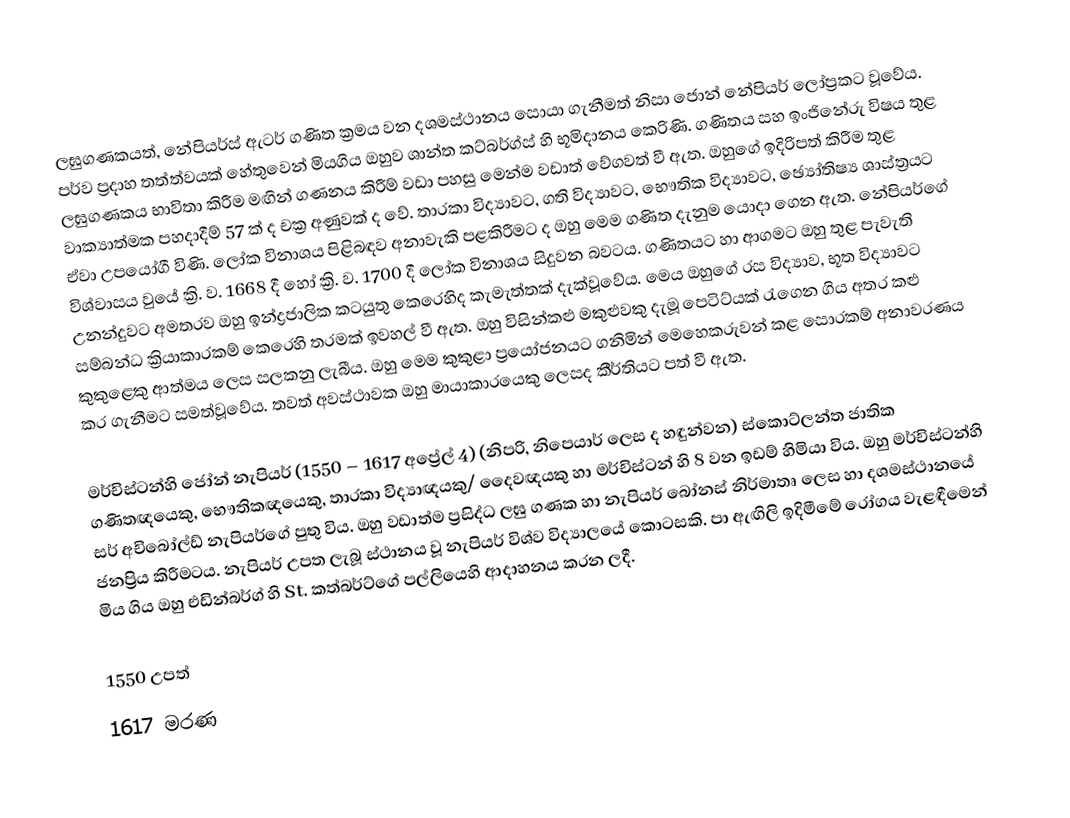
ලඝුගණකයත්, නේපියර්ස් ඇටර් ගණිත ක්‍රමය වන දශමස්ථානය සොයා ගැනීමත් නිසා ජොන් නේපියර් ලෝප්‍රකට වූවේය. පර්ව ප්‍රදාහ තත්ත්වයක් හේතුවෙන් මියගිය ඔහුව ශාන්ත කට්බර්ග්ස් හි භූමිදානය කෙරිණි. ගණිතය සහ ඉංජිනේරු විෂය තුළ ලඝුගණකය භාවිතා කිරීම මඟින් ගණනය කිරීම් වඩා පහසු මෙන්ම වඩාත් වේගවත් වී ඇත. ඔහුගේ ඉදිරිපත් කිරීම තුළ වාක්‍යාත්මක පහදාදීම් 57 ක් ද චක්‍ර අණුවක් ද වේ. තාරකා විද්‍යාවට, ගති විද්‍යාවට, භෞතික විද්‍යාවට, ඡ්‍යෝතිෂ්‍ය ශාස්ත්‍රයට ඒවා උපයෝගී විණි. ලෝක විනාශය පිළිබඳව අනාවැකි පළකිරීමට ද ඔහු මෙම ගණිත දැනුම යොදා ගෙන ඇත. නේපියර්ගේ විශ්වාසය වුයේ ක්‍රි. ව. 1668 දී හෝ ක්‍රි. ව. 1700 දී ලෝක විනාශය සිදුවන‍ බවටය. ගණිතයට හා ආගමට ඔහු තුළ පැවැති උනන්දුවට අමතරව ඔහු ඉන්ද්‍රජාලික කටයුතු කෙරෙහිද කැමැත්තක් දැක්වූවේය. මෙය ඔහුගේ රස විද්‍යාව, භූත විද්‍යාවට සම්බන්ධ ක්‍රියාකාරකම් කෙරෙහි තරමක් ඉවහල් වී ඇත. ඔහු විසින්කළු මකුළුවකු දැමූ පෙටිට්යක් රැගෙන ගිය අතර කළු කුකුළෙකු ආත්මය ලෙස සලකනු ලැබීය. ඔහු මෙම කුකුළා ප්‍රයෝජනයට ගනිමින් මෙහෙකරුවන් කළ සොරකම් අනාවරණය කර ගැනීමට සමත්වූවේය. තවත් අවස්ථාවක ඔහු මායාකාරයෙකු ලෙසද කීර්තියට පත් වී ඇත.

මර්චිස්ටන්හි ජෝන් නැපියර් (1550 – 1617 අප්‍රේල් 4) (නිපරි, නිපෙයාර් ලෙස ද හඳුන්වන) ස්කොට්ලන්ත ‍ජාතික ගණිතඥයෙකු, භෞතිකඥයෙකු, තාරකා විද්‍යාඥයකු/ දෛවඥයකු හා මර්චිස්ටන් හි 8 වන ඉඩම් හිමියා විය. ඔහු මර්චිස්ටන්හි සර් අචිබෝල්ඩ් නැපියර්ගේ පුතු විය. ඔහු වඩාත්ම ප්‍රසිද්ධ ලඝු ගණක හා නැපියර් බෝනස් නිර්මාතෘ ලෙස හා දශමස්ථානයේ ජනප්‍රිය කිරීමටය. නැපියර් උපත ලැබූ ස්ථානය වූ නැපියර් විශ්ව විද්‍යාලයේ කොටසකි. පා ඇඟිලි ඉදිමීමේ රෝගය වැළඳීමෙන් මිය ගිය ඔහු එඩින්බර්ග් හි St. කත්බර්ට්ගේ පල්ලියෙහි ආදාහනය කරන ලදී.

1550 උපත්
1617 මරණ